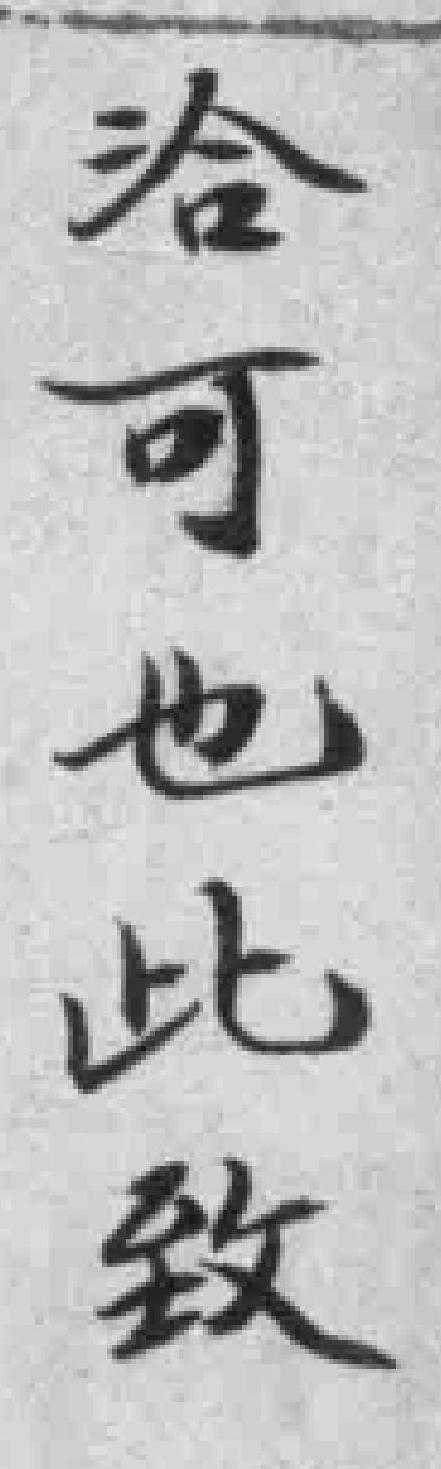
洽可也此致